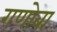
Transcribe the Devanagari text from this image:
गणोबा